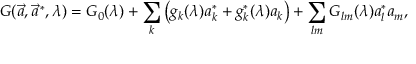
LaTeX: G ( \vec { a } , \vec { a } ^ { \, * } , \lambda ) = G _ { 0 } ( \lambda ) + \sum _ { k } \left( g _ { k } ( \lambda ) a _ { k } ^ { * } + g _ { k } ^ { * } ( \lambda ) a _ { k } \right) + \sum _ { l m } G _ { l m } ( \lambda ) a _ { l } ^ { * } a _ { m } ,